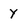
Character: Y